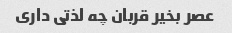
عصر بخیر قربان چه لذتی داری